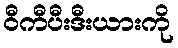
ဝီကီပီးဒီးယားကို